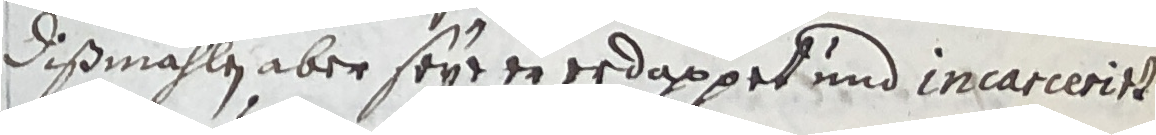
Dißmahlen aber seye er erdappet und incarierirt